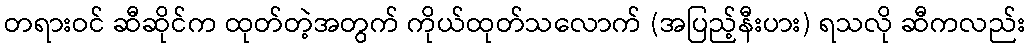
တရားဝင် ဆီဆိုင်က ထုတ်တဲ့အတွက် ကိုယ်ထုတ်သလောက် (အပြည့်နီးပား) ရသလို ဆီကလည်း